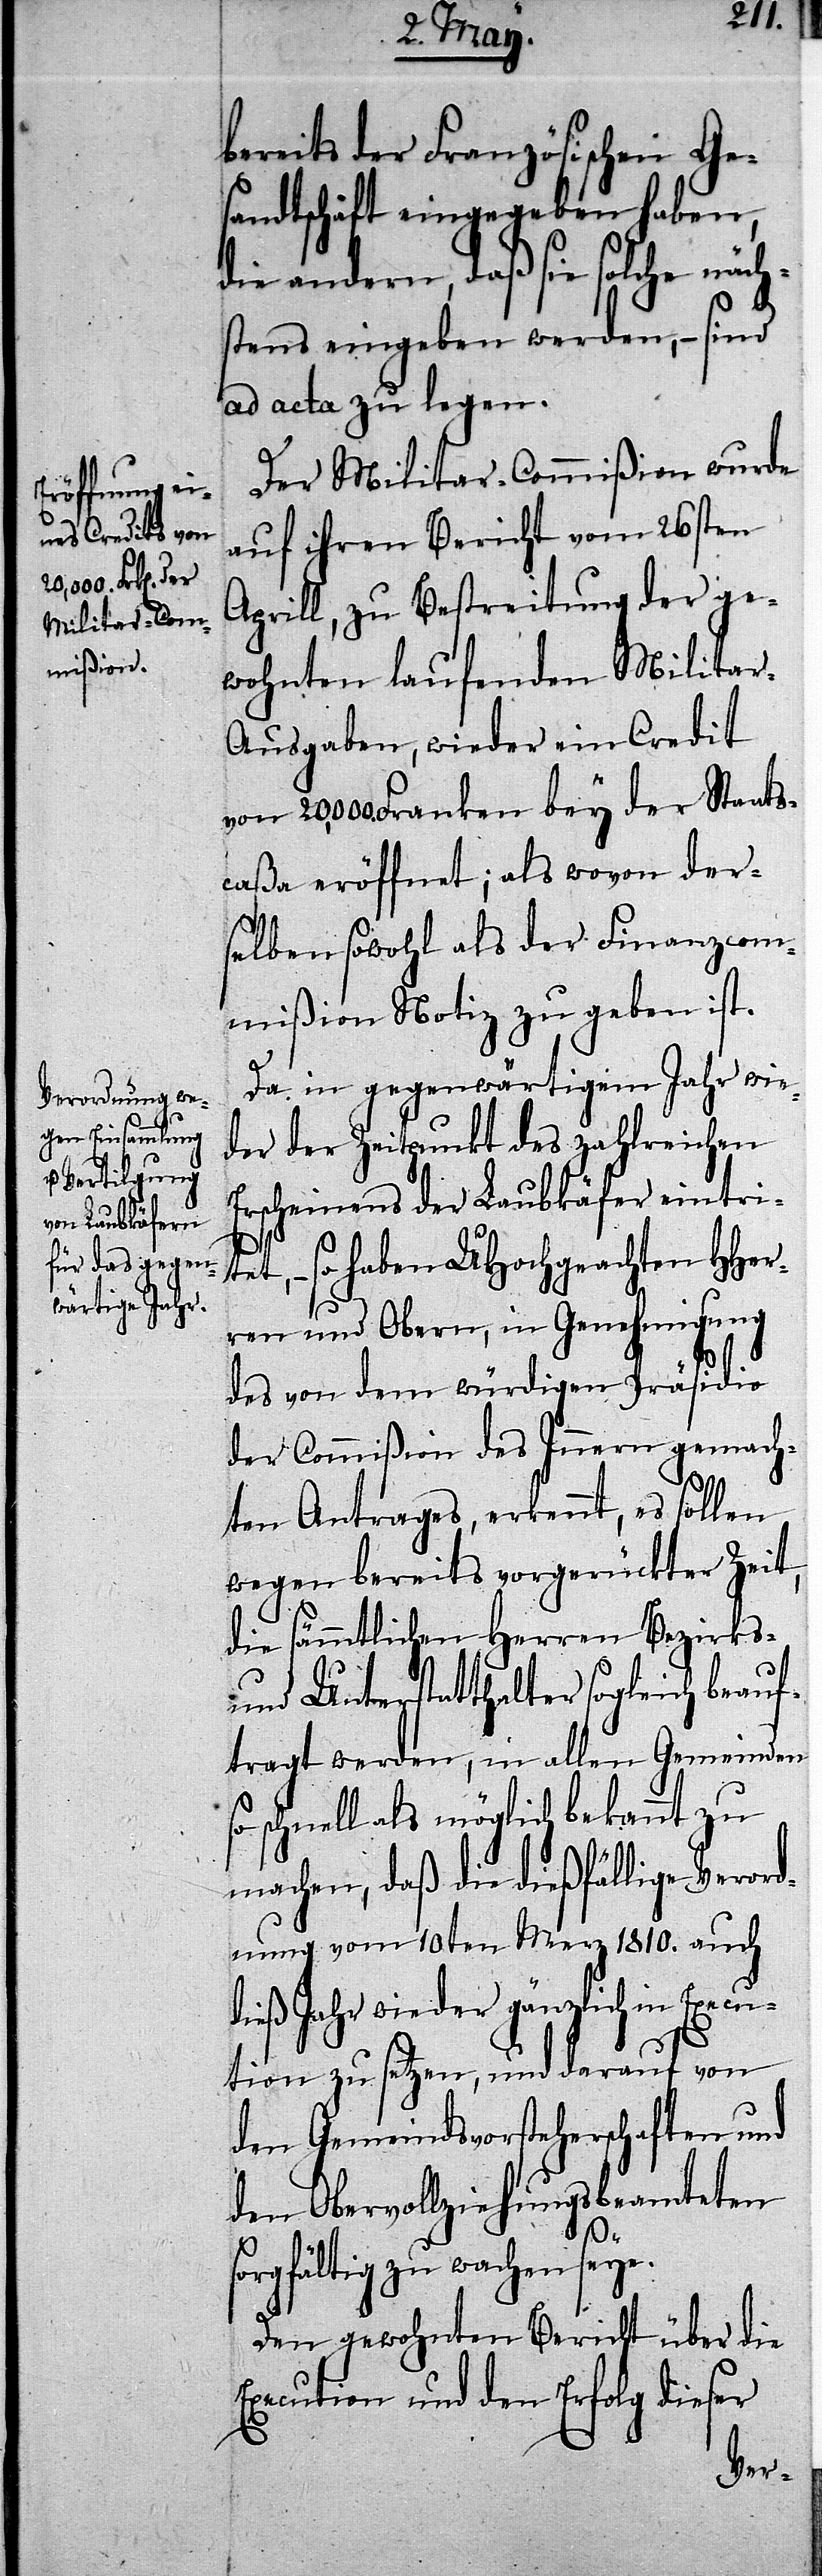
s¬
sandtschäft

bereits der Französischen Ge¬
die andern, daß sie solche näch¬
stens eingeben werden, – sind
ad acta zu legen.
Der Militar-Commißion wurde
auf ihren Bericht vom 26sten
Aprill, zu Bestreitung der ge¬
wohnten laufenden Militar-A¬
usgaben, wieder ein Credit
20,000. Franken bey der Staats¬
caßa erföffnet; als wovon der¬
selben sowohl als der Finanzcom¬
mißion Notiz zu geben ist.
Da in gegenwärtigem Jahr wie¬
der der Zeitpunkt des zahlreichen
Erscheinens der Laubkäfer eintrit¬
et, – so haben UHochgeachten HHer¬
ren und Obern, in Genehmigung
des von dem würdigen Präsidio
der Commißion des Innern gemach¬
ten Antrages, erkennt, es sollen
wegen bereits vorgerückter Zeit,
die sämmtlichen Herren Bezirks-
und Unterstatthalter sogleich beauf¬
tragt werden, in allen Gemeinden
so schnell als möglich bekannt zu
machen, daß die dießfällige Verord¬
nung vom 10ten Merz 1810. auch
dieß Jahr wieder gänzlich in Execu¬
tion zu setzen, und darauf von
den Gemeindsvorsteherschaften und
dem Obervollziehungsbeamteten
orgfältig zu wachen seye.
Den gewohnten Bericht über die
Execution und den Erfolg dieser